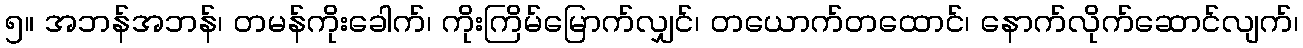
၅။ အဘန်အဘန်၊ တမန်ကိုးခေါက်၊ ကိုးကြိမ်မြောက်လျှင်၊ တယောက်တထောင်၊ နောက်လိုက်ဆောင်လျက်၊